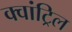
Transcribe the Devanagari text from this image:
क्वांट्रिल